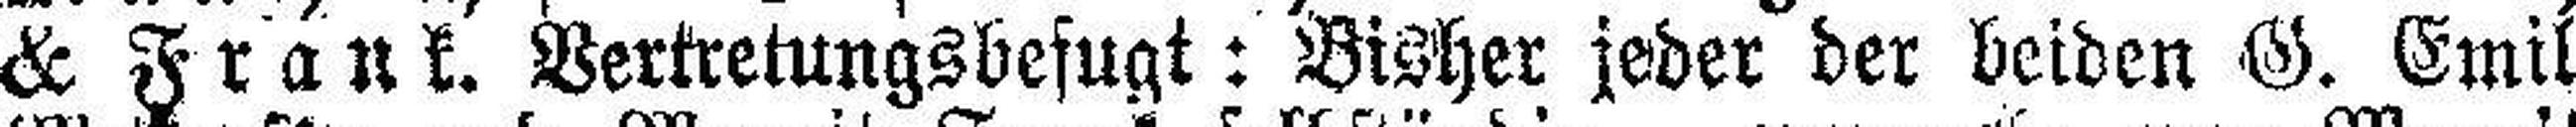
& Frank. Vertretungsbefugt: Bisher jeder der beiden G. Emil